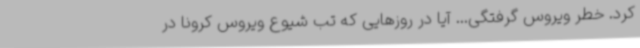
کرد. خطر ویروس گرفتگی... آیا در روزهایی که تب شیوع ویروس کرونا در